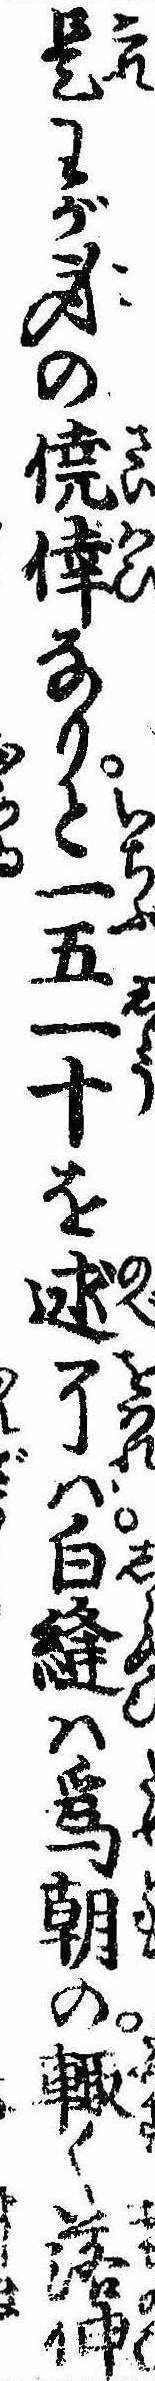
是わが身の僥倖なりと一五一十を述了ば白縫は為朝の輙く落伸